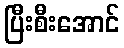
ပြီးစီးအောင်